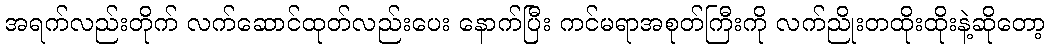
အရက်လည်းတိုက် လက်ဆောင်ထုတ်လည်းပေး နောက်ပြီး ကင်မရာအစုတ်ကြီးကို လက်ညိုးတထိုးထိုးနဲ့ဆိုတော့